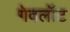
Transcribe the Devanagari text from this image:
गेवलॉट